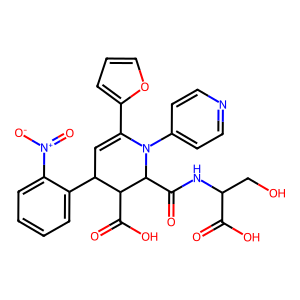
SMILES: O=C(O)C(CO)NC(=O)C1C(C(=O)O)C(c2ccccc2[N+](=O)[O-])C=C(c2ccco2)N1c1ccncc1
Inhibits HIV replication: No